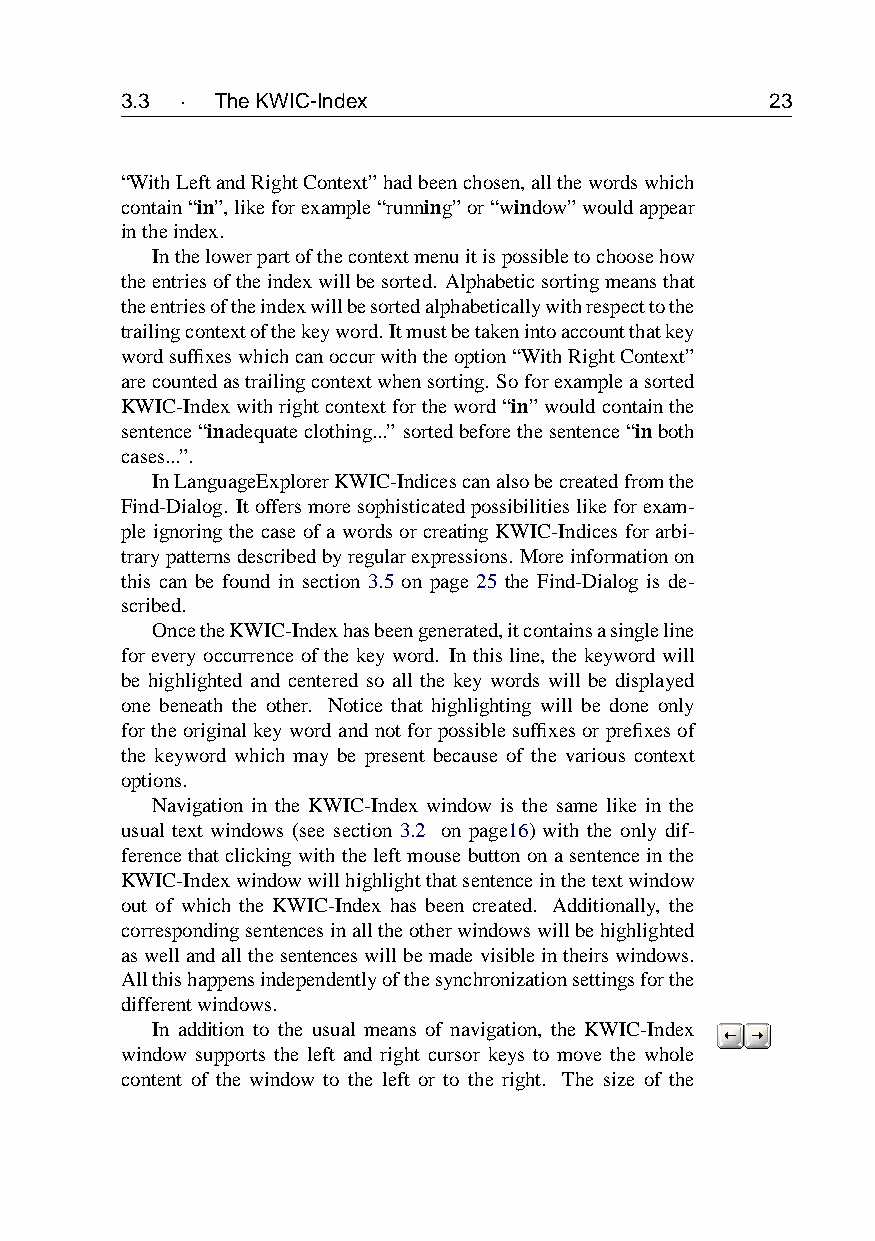
3.3 · TheKWIC-Index                        23
 “WithLeftandRightContext”hadbeenchosen,allthewordswhich
 contain“in”,likeforexample“running”or“window”wouldappear
 intheindex.
 Inthelowerpartofthecontextmenuitispossibletochoosehow
 theentriesoftheindexwillbesorted. Alphabeticsortingmeansthat
 theentriesoftheindexwillbesortedalphabeticallywithrespecttothe
 trailingcontextofthekeyword.Itmustbetakenintoaccountthatkey
 wordsuffixeswhichcanoccurwiththeoption“WithRightContext”
 arecountedastrailingcontextwhensorting. Soforexampleasorted
 KWIC-Indexwithrightcontextfortheword“in”wouldcontainthe
 sentence“inadequateclothing...” sortedbeforethesentence“inboth
 cases...”.
 InLanguageExplorerKWIC-Indicescanalsobecreatedfromthe
 Find-Dialog. Itoffersmoresophisticatedpossibilitieslikeforexam-
 ple ignoring the case of a words or creating KWIC-Indices for arbi-
 trarypatternsdescribedbyregularexpressions. Moreinformationon
 this can be found in section 3.5 on page 25 the Find-Dialog is de-
 scribed.
 OncetheKWIC-Indexhasbeengenerated,itcontainsasingleline
 for every occurrence of the key word. In this line, the keyword will
 be highlighted and centered so all the key words will be displayed
 one beneath the other. Notice that highlighting will be done only
 fortheoriginalkeywordandnotforpossiblesuffixesorprefixesof
 the keyword which may be present because of the various context
 options.
 Navigation in the KWIC-Index window is the same like in the
 usual text windows (see section 3.2 on page16) with the only dif-
 ferencethatclickingwiththeleftmousebuttononasentenceinthe
 KWIC-Indexwindowwillhighlightthatsentenceinthetextwindow
 out of which the KWIC-Index has been created. Additionally, the
 correspondingsentencesinalltheotherwindowswillbehighlighted
 aswellandallthesentenceswillbemadevisibleintheirswindows.
 Allthishappensindependentlyofthesynchronizationsettingsforthe
 differentwindows.
 In addition to the usual means of navigation, the KWIC-Index
 window supports the left and right cursor keys to move the whole
 content of the window to the left or to the right. The size of the